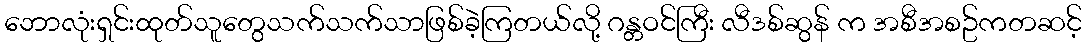
ဘောလုံးရှင်းထုတ်သူတွေသက်သက်သာဖြစ်ခဲ့ကြတယ်လို့ ဂန္တဝင်ကြီး လီဒစ်ဆွန် က အစီအစဥ်ကတဆင့်